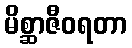
မိစ္ဆာဇီဝရတာ